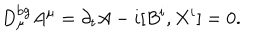
D _ { \mu } ^ { \mathrm { b g } } A ^ { \mu } = \partial _ { t } A - i [ B ^ { i } , X ^ { i } ] = 0 .